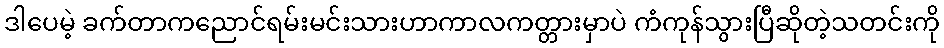
ဒါပေမဲ့ ခက်တာကညောင်ရမ်းမင်းသားဟာကာလကတ္တားမှာပဲ ကံကုန်သွားပြီဆိုတဲ့သတင်းကို